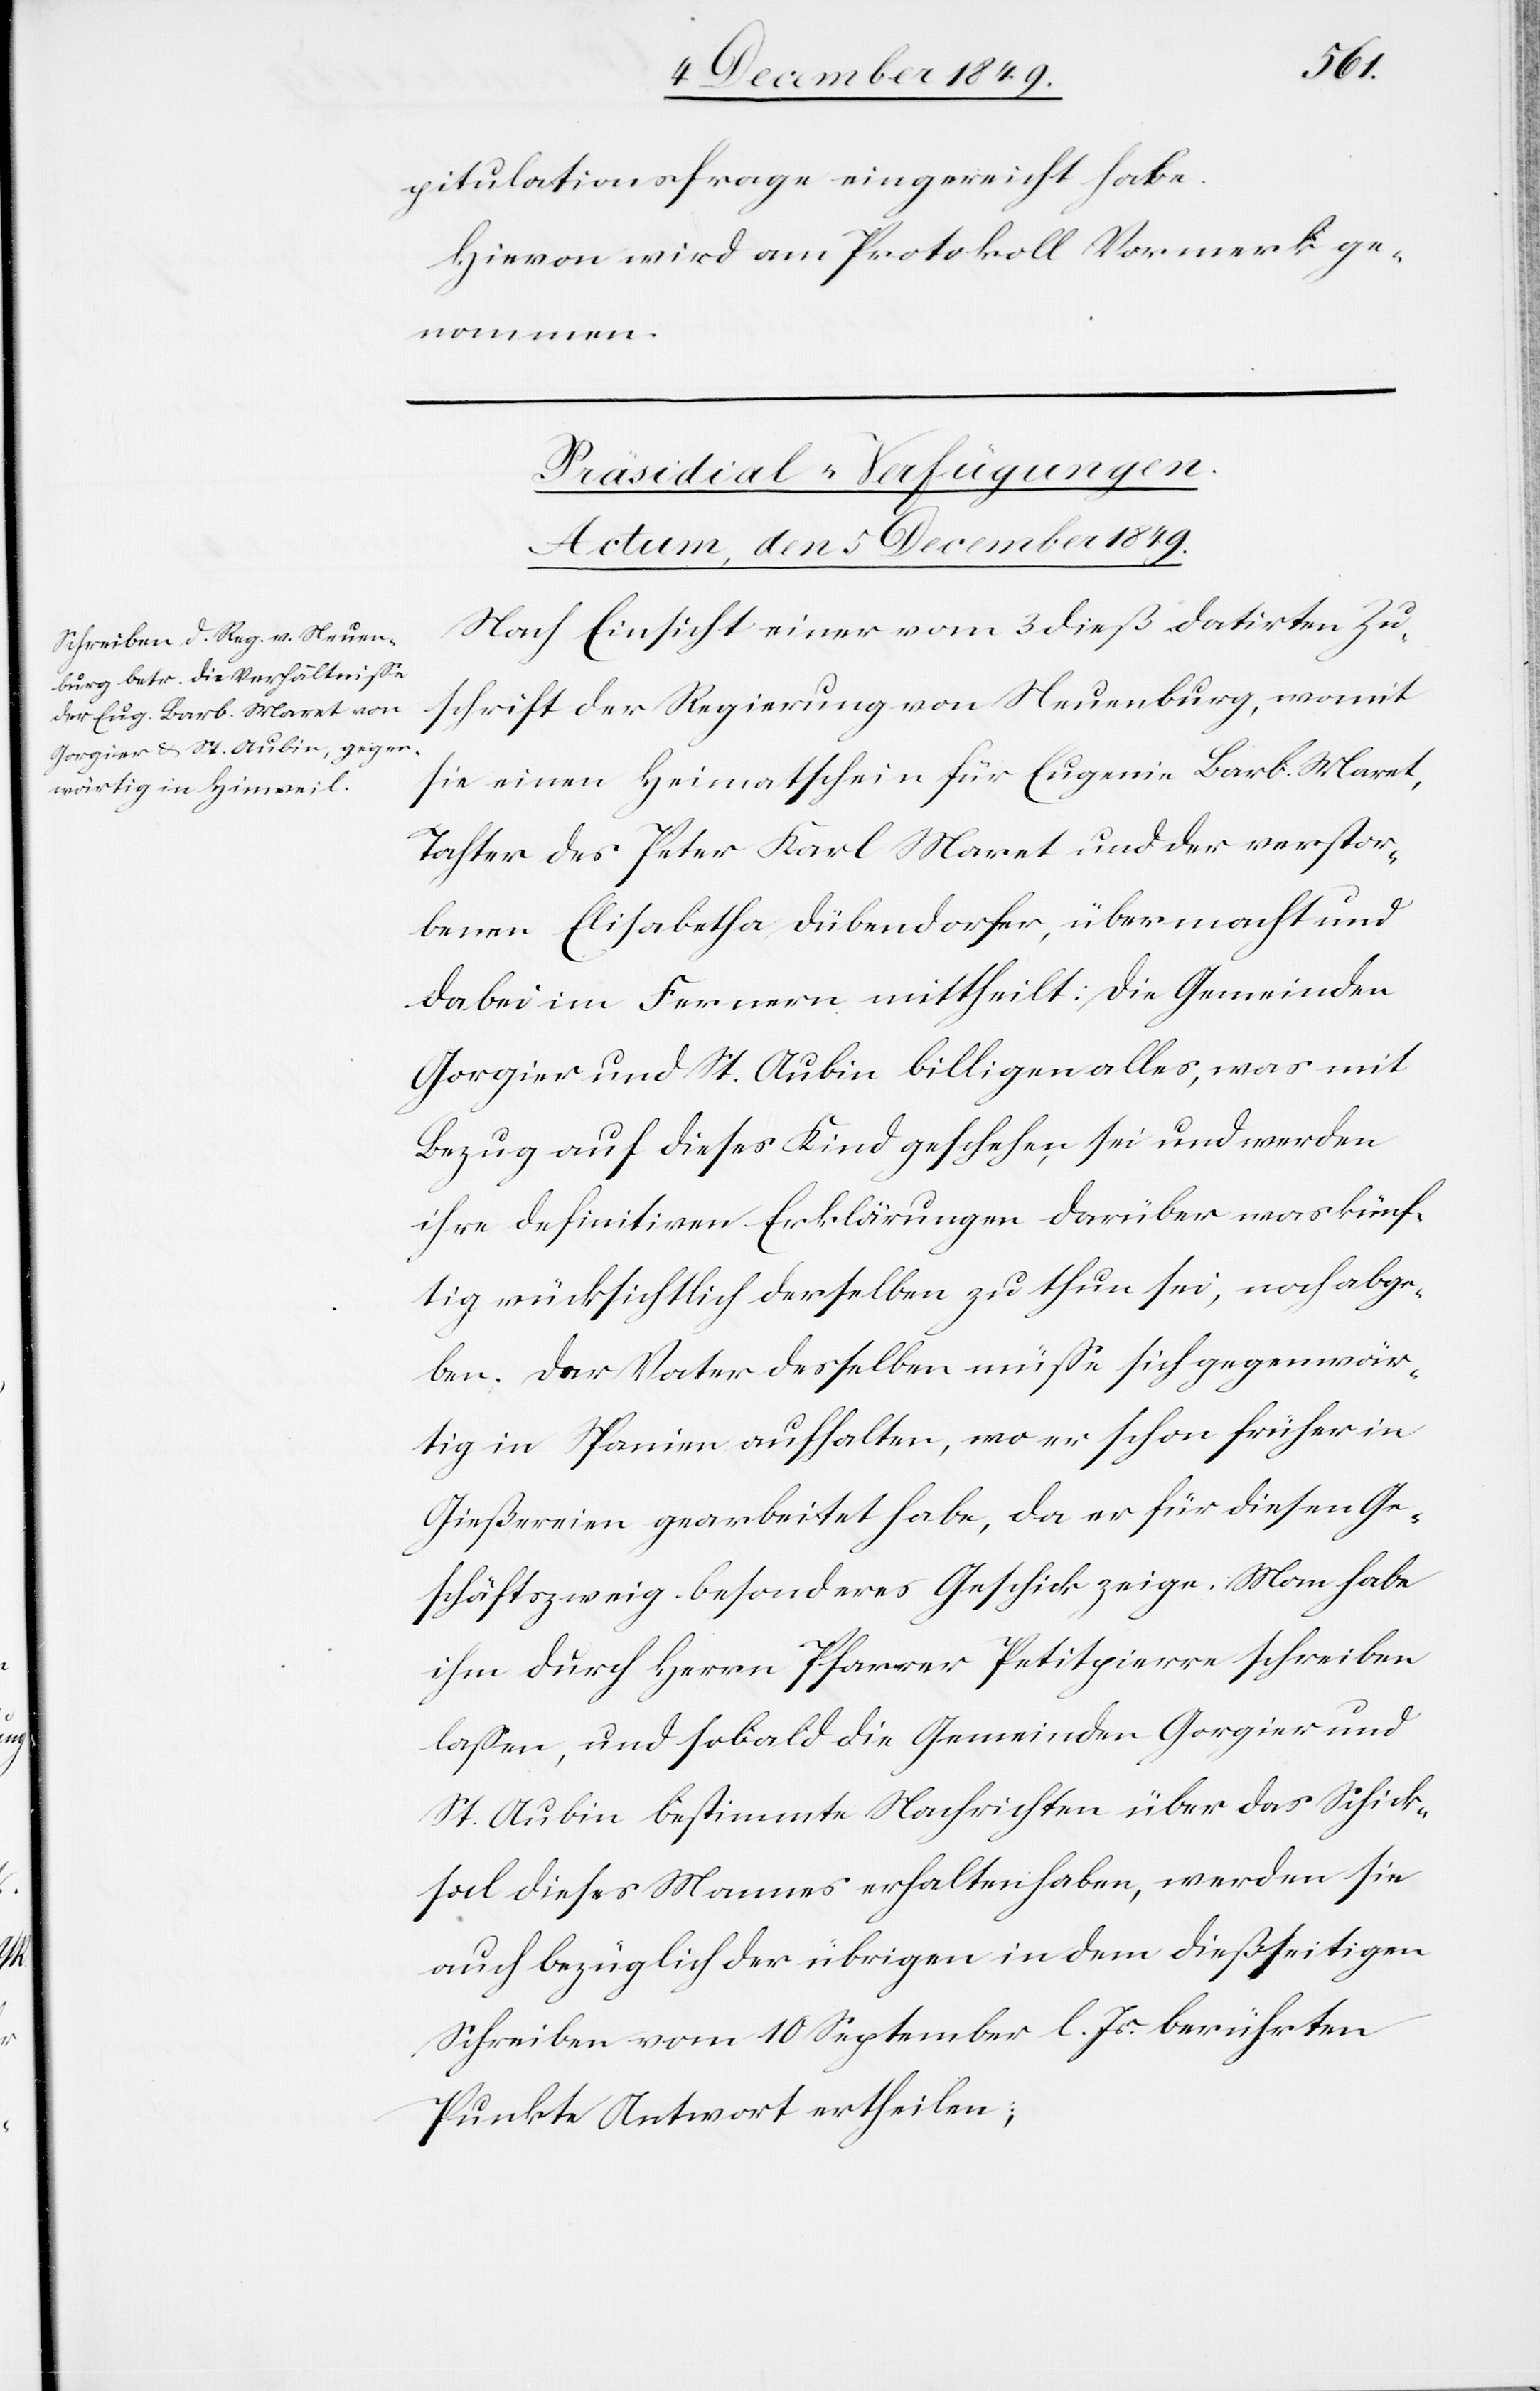
pitulationsfrage eingereicht habe.
Hievon wird am Protokoll Vormerk ge¬
nommen.
Präsidial-Verfügungen.
Actum, den 5 December 1849.
Nach Einsicht einer vom 3 dieß datirten Zu¬
schrift der Regierung von Neuenburg, womit
sie einem Heimatschein für Eugenie Barb. Maret,
Tochter des Peter Karl Maret und der verstor¬
benen Elisabetha Dübendorfer, übermacht und
dabei im Fernern mittheilt: Die Gemeinden
Gorgier und St. Aubin billigen alles, was mit
Bezug auf dieses Kind geschehen sei und werden
ihre definitiven Erklärungen darüber was künf¬
tig rücksichtlich derselben zu thun sei, noch abge¬
ben. Der Vater desselben müße sich gegenwär¬
tig in Spanien aufhalten, wo er schon früher in
Gießereien gearbeitet habe, da er für diesen Ge¬
schäftszweig besonderes Geschick zeige. Man habe
ihm durch Herrn Pfarrer Petitgierre schreiben
laßen, und sobald die Gemeinden Gorgier und
St. Aubin bestimmte Nachrichten über das Schick¬
sal dieses Mannes erhalten haben, werden sie
auch bezüglich der übrigen in dem dießseitigen
Schreiben vom 10 September l. Js. berührten
Punkte Antwort ertheilen;